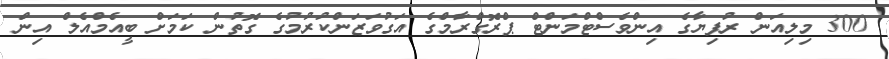
300 މިލިއަން ރުފިޔާގެ އިންވެސްޓްމަންޓް ޕްރޮގްރާމްގެ އަގުވަޒަންކުރުމުގެ ގޮތުން ކަމަށް ބީއެމްއެލް އިން